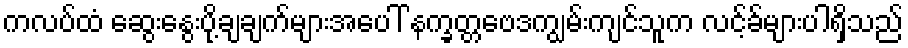
ကလပ်ထံ ဆွေးနွေးပို့ချချက်များအပေါ် နက္ခတ္တဗေဒကျွမ်းကျင်သူက လင့်ခ်များပါရှိသည်